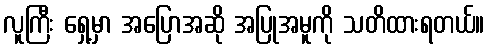
လူကြီး ရှေ့မှာ အပြောအဆို အပြုအမူကို သတိထားရတယ်။